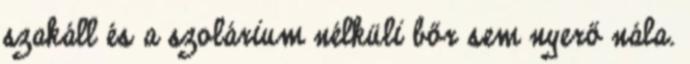
szakáll és a szolárium nélküli bőr sem nyerő nála.